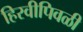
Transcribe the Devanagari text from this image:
हिरवीपिवळी